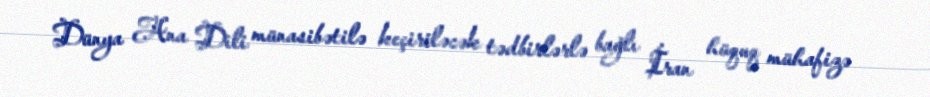
Dünya Ana Dili münasibətilə keçiriləcək tədbirlərlə bağlı İran hüquq mühafizə